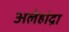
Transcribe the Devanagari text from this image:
अलेहांद्रा